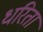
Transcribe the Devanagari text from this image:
धरिता